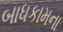
બાધકામના